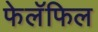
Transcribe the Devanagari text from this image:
फेलॅफिल